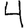
Digit: 4